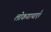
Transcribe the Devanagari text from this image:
लोकगाथाएँ।